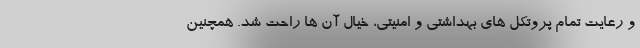
و رعایت تمام پروتکل های بهداشتی و امنیتی، خیال آن ها راحت شد. همچنین